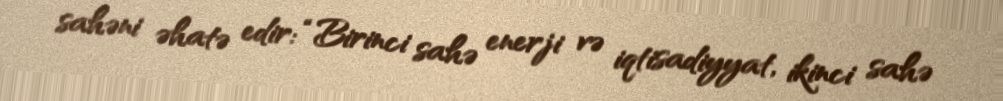
sahəni əhatə edir: “Birinci sahə enerji və iqtisadiyyat, ikinci sahə